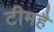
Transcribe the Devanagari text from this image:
टीमहै